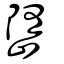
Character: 嶞